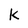
Character: k